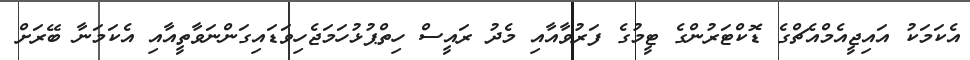
އެކަމަކު އައިޖީއެމްއެޗްގެ ޑޮކްޓަރުންގެ ޓީމުގެ ފަރުވާއާއި މެދު ރައީސް ހިތްޕުޅުހަަމަޖެހިވަޑައިގަންނަވާތީއާއި އެކަމަނާ ބޭރަށް